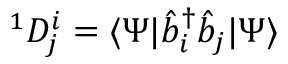
^ { 1 } D _ { j } ^ { i } = \langle \Psi | { \hat { b } } _ { i } ^ { \dagger } { \hat { b } } _ { j } | \Psi \rangle